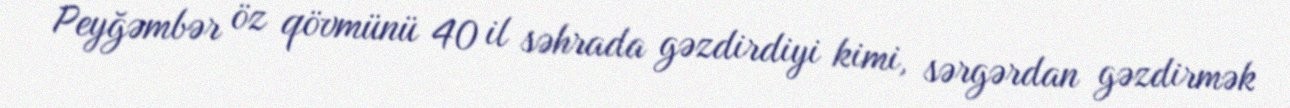
Peyğəmbər öz qövmünü 40 il səhrada gəzdirdiyi kimi, sərgərdan gəzdirmək